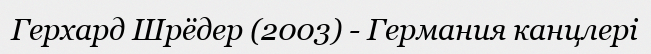
Герхард Шрёдер (2003) - Германия канцлері